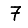
Digit: 7